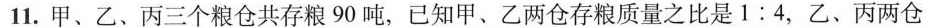
11. 甲、乙、丙三个粮仓共存粮 90 吨，已知甲、乙两仓存粮质量之比是$$1 : 4$$，乙、丙两仓